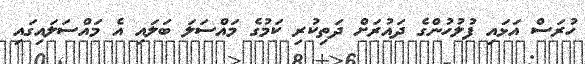
ހުރަސް އަޅައި ފުލުހުންގެ ދައުރަށް ދަތިކުރި ކަމުގެ މައްސަލަ ބަލައި އެ މައްސަލައިގައި